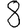
Digit: 8